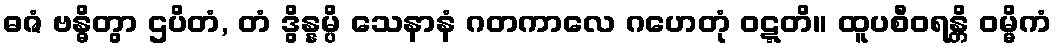
ဓဇံ ဗန္ဓိတွာ ဌပိတံ, တံ ဒွိန္နမ္ပိ သေနာနံ ဂတကာလေ ဂဟေတုံ ဝဋ္ဋတိ။ ထူပစီဝရန္တိ ဝမ္မိကံ